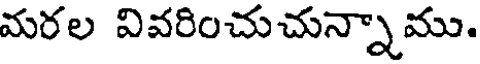
మరల వివరించుచున్నాము.